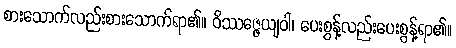
စားသောက်လည်းစားသောက်ရာ၏။ ဝိဿဇ္ဇေယျဝါ၊ ပေးစွန့်လည်းပေးစွန့်ရာ၏။